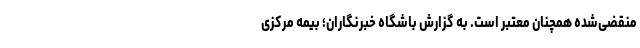
منقضی‌شده همچنان معتبر است. به گزارش باشگاه خبرنگاران؛ بیمه مرکزی